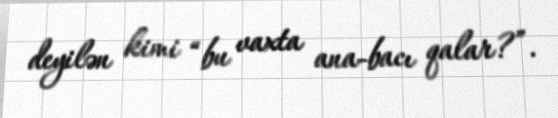
deyilən kimi “bu vaxta ana-bacı qalar?”.